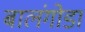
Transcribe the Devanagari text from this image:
बालंगोडा